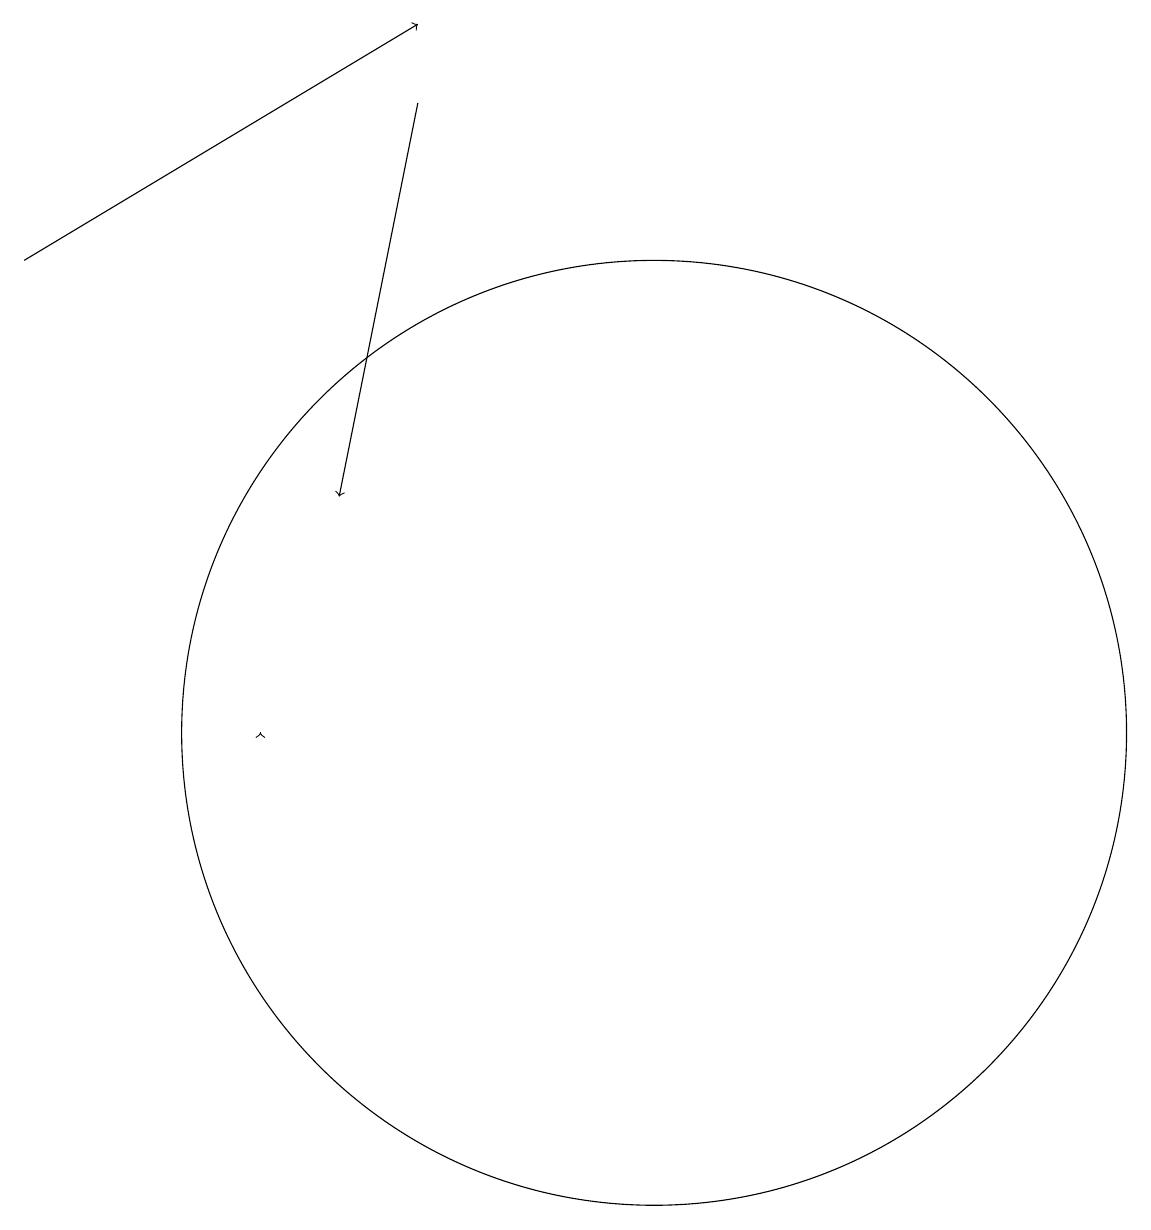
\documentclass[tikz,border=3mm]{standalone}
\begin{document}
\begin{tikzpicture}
\draw[->] (6,10) -- (6,10);
\draw[->] (8,18) -- (7,13);
\draw[->] (3,16) -- (8,19);
\draw (11,10) circle (6);
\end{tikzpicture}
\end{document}